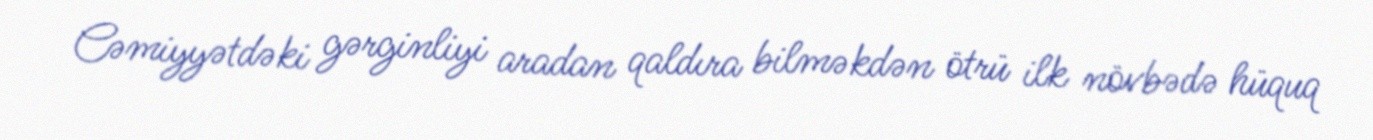
Cəmiyyətdəki gərginliyi aradan qaldıra bilməkdən ötrü ilk növbədə hüquq